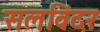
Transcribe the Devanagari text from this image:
सलविंदर